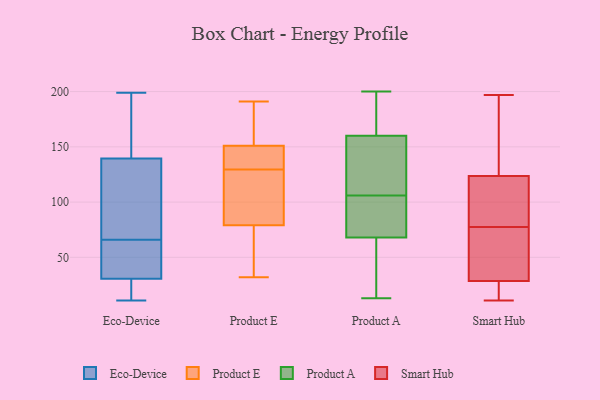
{"axis": {"x": "Operating Costs (USD K)", "y": "Value"}, "legend": ["Eco-Device", "Product A", "Product E", "Smart Hub"], "data": [{"x": "", "y": 195, "type": "Eco-Device"}, {"x": "", "y": 131, "type": "Eco-Device"}, {"x": "", "y": 11, "type": "Eco-Device"}, {"x": "", "y": 68, "type": "Eco-Device"}, {"x": "", "y": 59, "type": "Eco-Device"}, {"x": "", "y": 64, "type": "Eco-Device"}, {"x": "", "y": 122, "type": "Eco-Device"}, {"x": "", "y": 40, "type": "Eco-Device"}, {"x": "", "y": 148, "type": "Eco-Device"}, {"x": "", "y": 60, "type": "Eco-Device"}, {"x": "", "y": 21, "type": "Eco-Device"}, {"x": "", "y": 30, "type": "Eco-Device"}, {"x": "", "y": 12, "type": "Eco-Device"}, {"x": "", "y": 183, "type": "Eco-Device"}, {"x": "", "y": 199, "type": "Eco-Device"}, {"x": "", "y": 183, "type": "Eco-Device"}, {"x": "", "y": 112, "type": "Eco-Device"}, {"x": "", "y": 31, "type": "Eco-Device"}, {"x": "", "y": 28, "type": "Eco-Device"}, {"x": "", "y": 127, "type": "Eco-Device"}, {"x": "", "y": 191, "type": "Product E"}, {"x": "", "y": 107, "type": "Product E"}, {"x": "", "y": 133, "type": "Product E"}, {"x": "", "y": 131, "type": "Product E"}, {"x": "", "y": 110, "type": "Product E"}, {"x": "", "y": 35, "type": "Product E"}, {"x": "", "y": 128, "type": "Product E"}, {"x": "", "y": 143, "type": "Product E"}, {"x": "", "y": 177, "type": "Product E"}, {"x": "", "y": 151, "type": "Product E"}, {"x": "", "y": 159, "type": "Product E"}, {"x": "", "y": 62, "type": "Product E"}, {"x": "", "y": 159, "type": "Product E"}, {"x": "", "y": 34, "type": "Product E"}, {"x": "", "y": 79, "type": "Product E"}, {"x": "", "y": 32, "type": "Product E"}, {"x": "", "y": 79, "type": "Product E"}, {"x": "", "y": 131, "type": "Product E"}, {"x": "", "y": 193, "type": "Product A"}, {"x": "", "y": 120, "type": "Product A"}, {"x": "", "y": 32, "type": "Product A"}, {"x": "", "y": 128, "type": "Product A"}, {"x": "", "y": 160, "type": "Product A"}, {"x": "", "y": 170, "type": "Product A"}, {"x": "", "y": 13, "type": "Product A"}, {"x": "", "y": 28, "type": "Product A"}, {"x": "", "y": 146, "type": "Product A"}, {"x": "", "y": 92, "type": "Product A"}, {"x": "", "y": 41, "type": "Product A"}, {"x": "", "y": 74, "type": "Product A"}, {"x": "", "y": 200, "type": "Product A"}, {"x": "", "y": 68, "type": "Product A"}, {"x": "", "y": 90, "type": "Product A"}, {"x": "", "y": 74, "type": "Product A"}, {"x": "", "y": 182, "type": "Product A"}, {"x": "", "y": 137, "type": "Product A"}, {"x": "", "y": 59, "type": "Smart Hub"}, {"x": "", "y": 121, "type": "Smart Hub"}, {"x": "", "y": 98, "type": "Smart Hub"}, {"x": "", "y": 114, "type": "Smart Hub"}, {"x": "", "y": 32, "type": "Smart Hub"}, {"x": "", "y": 140, "type": "Smart Hub"}, {"x": "", "y": 36, "type": "Smart Hub"}, {"x": "", "y": 11, "type": "Smart Hub"}, {"x": "", "y": 126, "type": "Smart Hub"}, {"x": "", "y": 197, "type": "Smart Hub"}, {"x": "", "y": 86, "type": "Smart Hub"}, {"x": "", "y": 18, "type": "Smart Hub"}, {"x": "", "y": 61, "type": "Smart Hub"}, {"x": "", "y": 69, "type": "Smart Hub"}, {"x": "", "y": 119, "type": "Smart Hub"}, {"x": "", "y": 25, "type": "Smart Hub"}, {"x": "", "y": 164, "type": "Smart Hub"}, {"x": "", "y": 25, "type": "Smart Hub"}, {"x": "", "y": 24, "type": "Smart Hub"}, {"x": "", "y": 184, "type": "Smart Hub"}]}